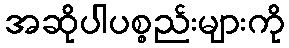
အဆိုပါပစ္စည်းများကို